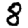
Digit: 8